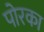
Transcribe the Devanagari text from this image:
पोरका